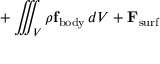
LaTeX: \displaystyle { } + \iiint _ { \scriptstyle V } \rho \mathbf { f } _ { \mathrm { b o d y } } \, d V + \mathbf { F } _ { \mathrm { s u r f } }